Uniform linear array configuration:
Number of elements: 8
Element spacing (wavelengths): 1
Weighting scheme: hann
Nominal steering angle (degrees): -15
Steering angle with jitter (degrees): -14.428
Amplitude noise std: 0.05
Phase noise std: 0.05

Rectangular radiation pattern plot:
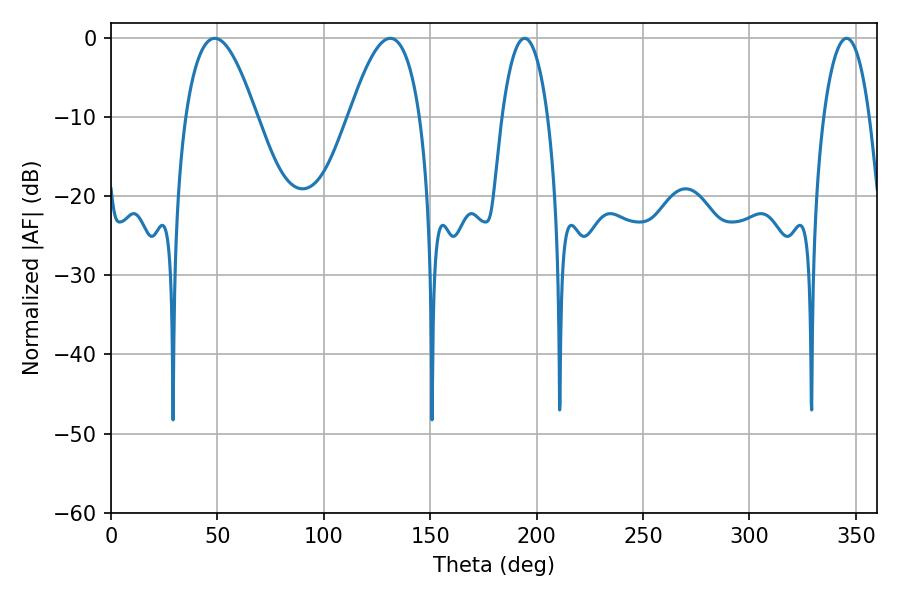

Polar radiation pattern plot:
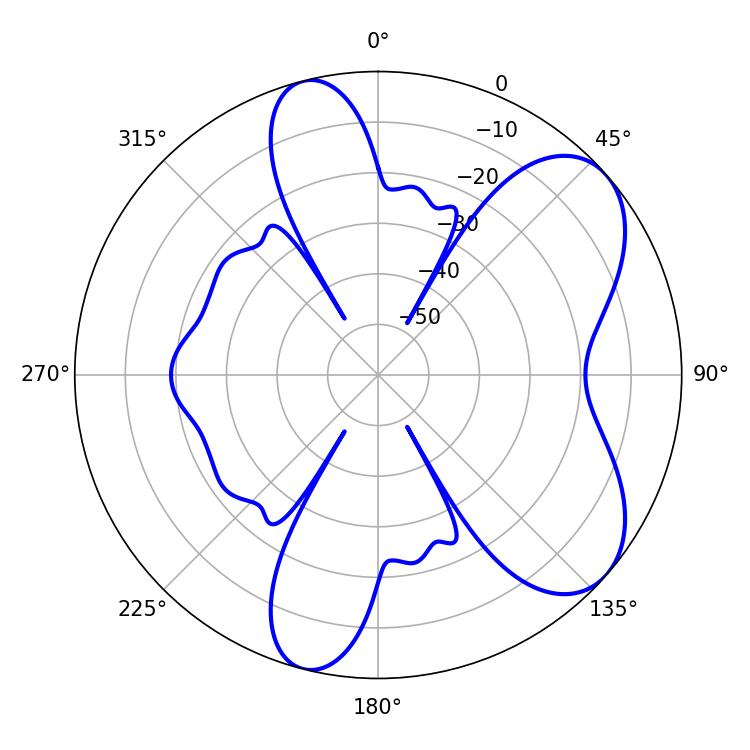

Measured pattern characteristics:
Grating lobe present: TRUE
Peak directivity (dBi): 6.837
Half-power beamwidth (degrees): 18
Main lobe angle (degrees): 48.78